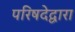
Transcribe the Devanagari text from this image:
परिषदेद्वारा